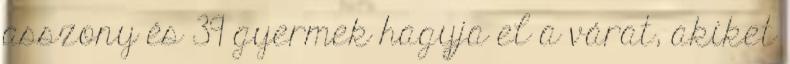
asszony és 39 gyermek hagyja el a várat, akiket